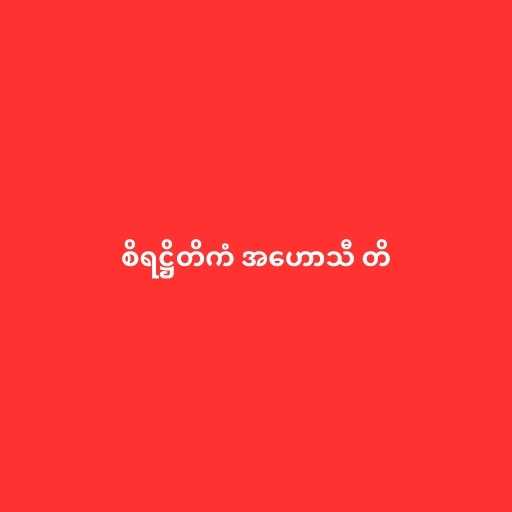
စိရဋ္ဌိတိကံ အဟောသီ တိ